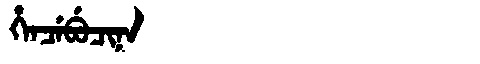
Manchu: ᡥᡝᠨᠴᡝᠪᡠᠴᡳᠨᠠ
Romanization: HENCEBUCINA